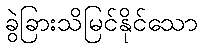
ခွဲခြားသိမြင်နိုင်သော